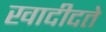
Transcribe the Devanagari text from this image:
खादीदते